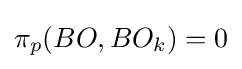
\pi _{p}(BO,BO_{k})=0